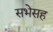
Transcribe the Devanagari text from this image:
सभेसह